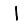
Digit: 1